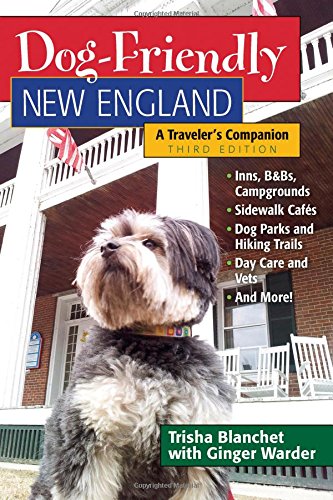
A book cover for Dog-Friendly New England: A Traveler's Companion (Third)  (Dog-Friendly Series); Trisha Blanchet; Travel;